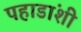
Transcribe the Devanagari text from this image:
पहाडांशी